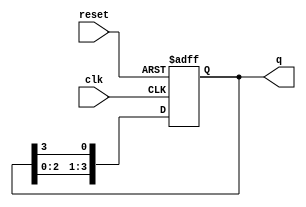
module bistable_ring_counter (
    input wire clk,          // Clock input
    input wire reset,        // Asynchronous reset
    output reg [N-1:0] q     // Output state of the counter (N flip-flops)
);
    parameter N = 4;         // Number of flip-flops (can be changed as needed)

    // Asynchronous reset and state transition on clock edge
    always @(posedge clk or posedge reset) begin
        if (reset) begin
            q <= 1'b1;      // Initialize the counter (set the first flip-flop to '1')
        end else begin
            q <= {q[N-2:0], q[N-1]}; // Shift the '1' to the right
        end
    end
endmodule